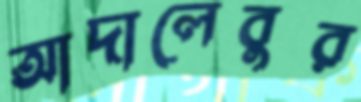
আদালেবুর